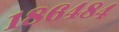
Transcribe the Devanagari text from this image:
१८६४८४